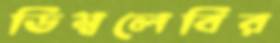
ডিম্বলেবির